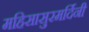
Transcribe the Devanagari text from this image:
महिसासुरमर्दिनी